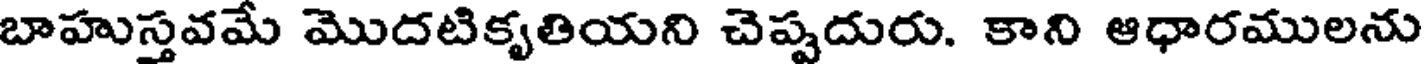
బాహుస్తవమే మొదటికృతియని చెప్పదురు. కాని ఆధారములను